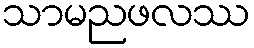
သာမညဖလဿ